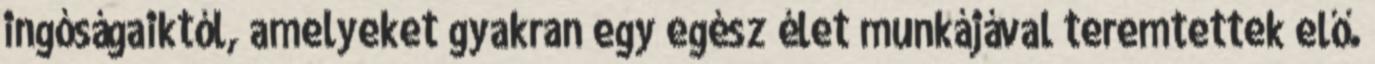
ingóságaiktól, amelyeket gyakran egy egész élet munkájával teremtettek elő.